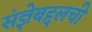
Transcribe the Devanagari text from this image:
संज्ञेबद्दलची